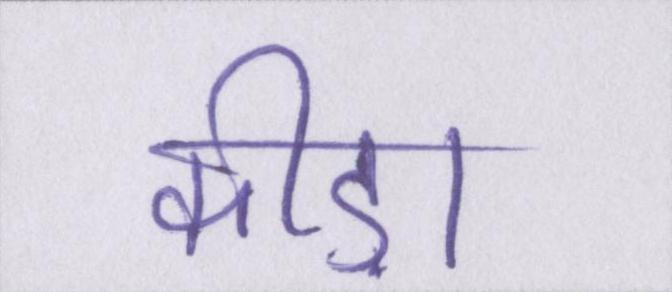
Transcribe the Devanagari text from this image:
कीड़ा